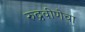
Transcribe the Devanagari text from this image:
रुद्रवीणेचा